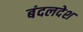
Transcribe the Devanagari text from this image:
बंदलदेश